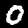
Digit: 0